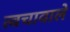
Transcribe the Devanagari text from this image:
त्वचावाले